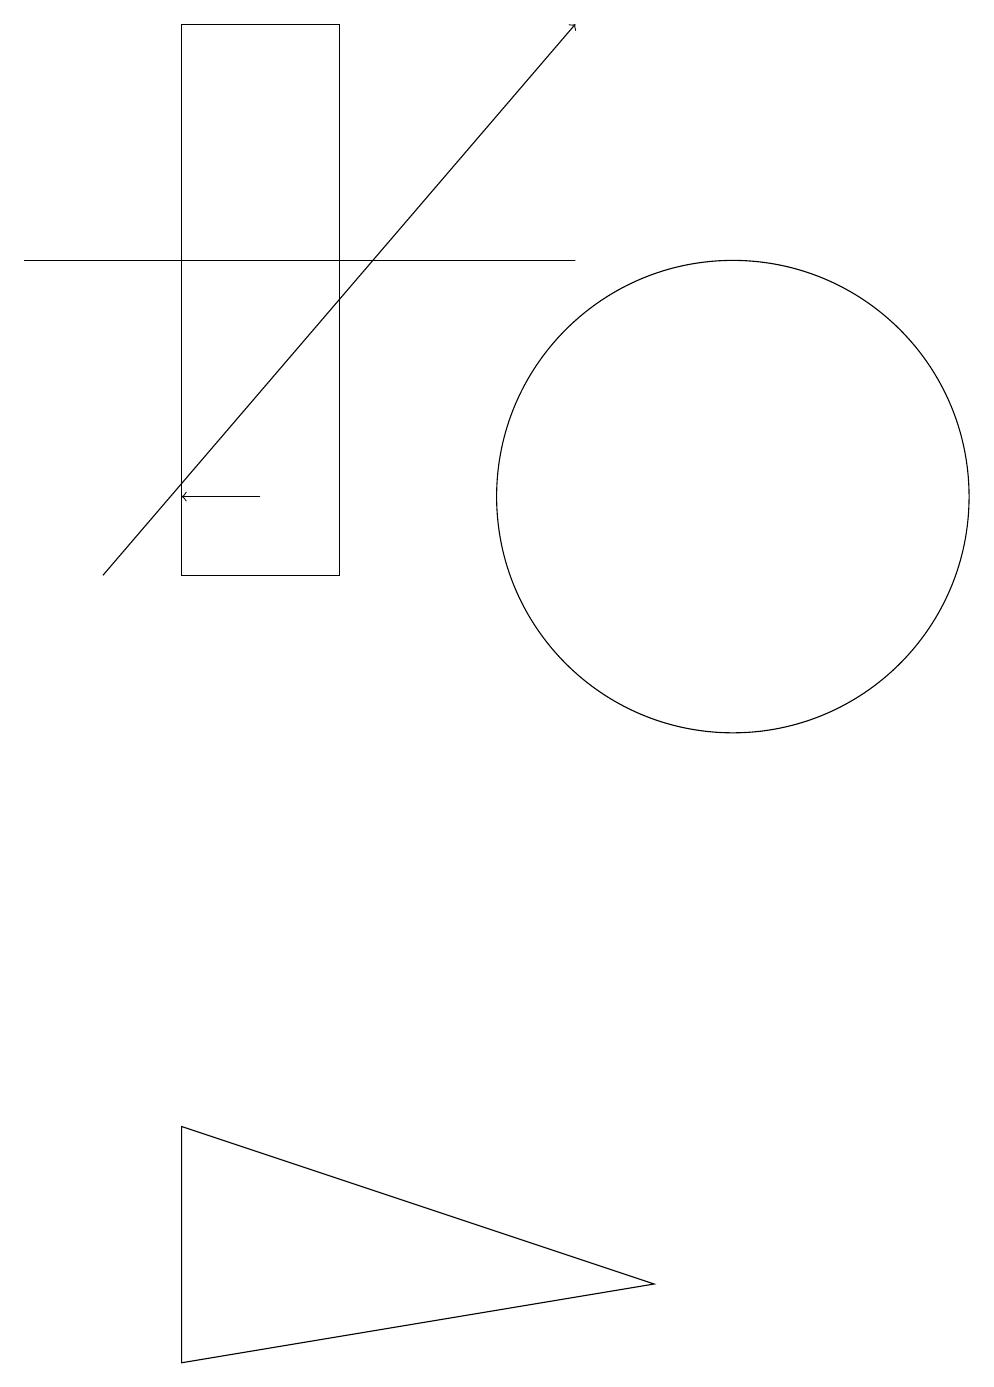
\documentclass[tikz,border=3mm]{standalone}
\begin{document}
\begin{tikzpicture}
\draw (10,11) circle (3);
\draw (3,17) rectangle (5,10);
\draw[->] (2,10) -- (8,17);
\draw[->] (4,11) -- (3,11);
\draw (3,3) -- (9,1) -- (3,0) -- cycle;
\draw (1,14) rectangle (8,14);
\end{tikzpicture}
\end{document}